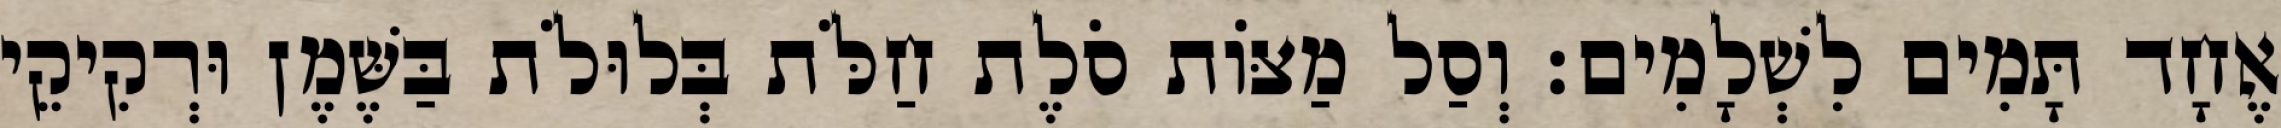
אֶחָד תָּמִים לִשְׁלָמִים׃ וְסַל מַצּוֹת סֹלֶת חַלֹּת בְּלוּלֹת בַּשֶּׁמֶן וּרְקִיקֵי